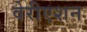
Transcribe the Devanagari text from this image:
वेरीएशन